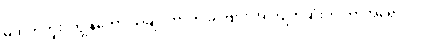
မဟုတ်ဘူး၊ ကျွန်တော် သိချင်တာက ခင်ဗျား အကြိုက်ဆုံးက ဘာအရောင်လဲ။